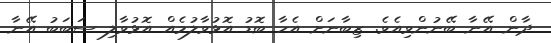
ދާން އޭނާ ބޭނުންވިއެވެ. ޒިބާނަށް އެހާ ބޮޑު އޮޅުވާލުމެއް އޮޅުވާލި ސަބަބު އޭނާ